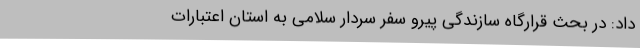
داد: در بحث قرارگاه سازندگی پیرو سفر سردار سلامی به استان اعتبارات